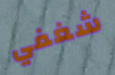
شغفي